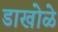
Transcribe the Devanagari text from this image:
डाखोळे